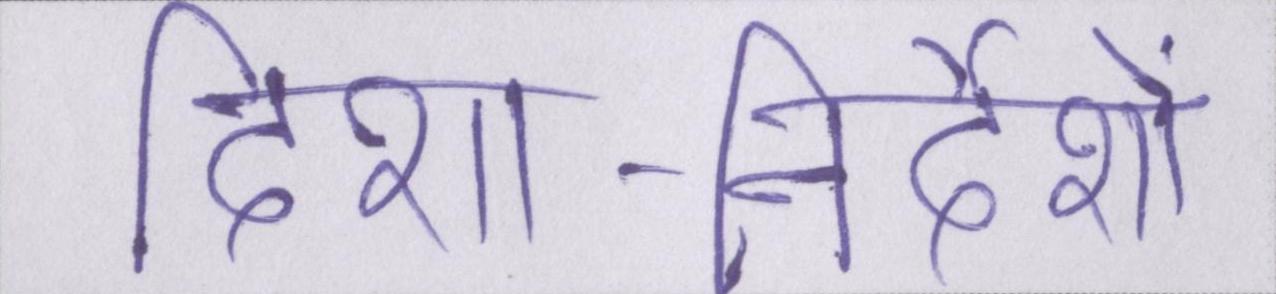
दिशा-निर्देशों